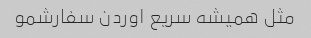
مثل همیشه سریع اوردن سفارشمو